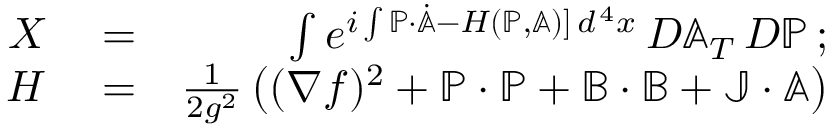
\begin{array} { r l r } { X } & { { } = } & { \int e ^ { i \int \mathbb { P } \cdot \dot { \mathbb { A } } - { \cal H } ( \mathbb { P } , \mathbb { A } ) ] \, d ^ { \, 4 } x } \, { \cal D } \mathbb { A } _ { T } \, { \cal D } \mathbb { P } \, ; } \\ { { \cal H } } & { { } = } & { { \frac { 1 } { 2 g ^ { 2 } } } \left( ( \nabla f ) ^ { 2 } + \mathbb { P } \cdot \mathbb { P } + \mathbb { B } \cdot \mathbb { B } + \mathbb { J } \cdot \mathbb { A } \right) } \end{array}